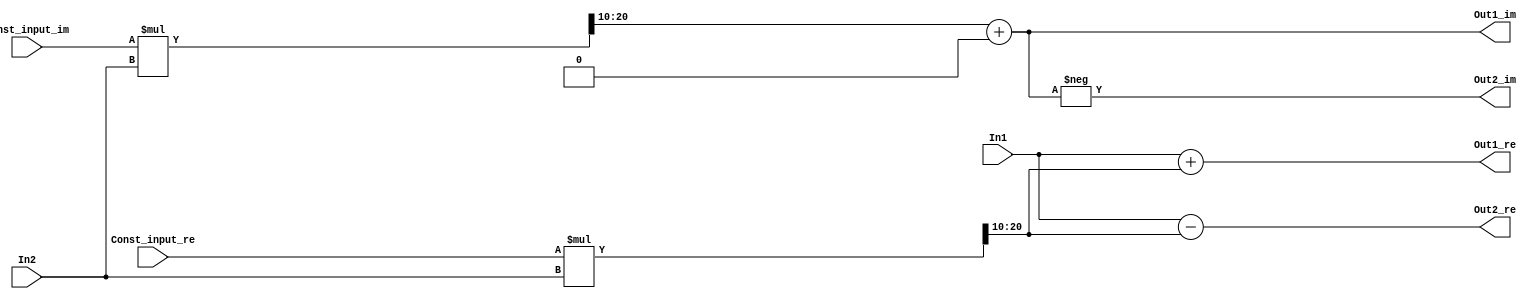
// -------------------------------------------------------------
// 
// 
// Generated by MATLAB 9.4 and HDL Coder 3.12
// 
// -------------------------------------------------------------


// -------------------------------------------------------------
// 
// Module: FourthStageB_58
// Source Path: FFTscheme2/FFTv2/Butterflies/128 input 4 step  /FourthStageB 58
// Hierarchy Level: 3
// 
// -------------------------------------------------------------

`timescale 1 ns / 1 ns

module FourthStageB_58
          (In1,
           In2,
           Const_input_re,
           Const_input_im,
           Out1_re,
           Out1_im,
           Out2_re,
           Out2_im);


  input   signed [10:0] In1;  // sfix11_En3
  input   signed [10:0] In2;  // sfix11_En3
  input   signed [11:0] Const_input_re;  // sfix12_En10
  input   signed [11:0] Const_input_im;  // sfix12_En10
  output  signed [10:0] Out1_re;  // sfix11_En3
  output  signed [10:0] Out1_im;  // sfix11_En3
  output  signed [10:0] Out2_re;  // sfix11_En3
  output  signed [10:0] Out2_im;  // sfix11_En3


  wire signed [22:0] Product_mul_temp;  // sfix23_En13
  wire signed [22:0] Product_mul_temp_1;  // sfix23_En13
  wire signed [10:0] Product_add_cast;  // sfix11_En3
  wire signed [10:0] Product_out1_re;  // sfix11_En3
  wire signed [10:0] Product_out1_im;  // sfix11_En3
  wire signed [10:0] Sum_out1_re;  // sfix11_En3
  wire signed [10:0] Sum_out1_im;  // sfix11_En3
  wire signed [10:0] Sum1_out1_re;  // sfix11_En3
  wire signed [10:0] Sum1_out1_im;  // sfix11_En3


  assign Product_mul_temp = Const_input_re * In2;
  assign Product_out1_re = Product_mul_temp[20:10];
  assign Product_mul_temp_1 = Const_input_im * In2;
  assign Product_add_cast = Product_mul_temp_1[20:10];
  assign Product_out1_im = Product_add_cast + 11'sb00000000000;



  assign Sum_out1_re = In1 + Product_out1_re;
  assign Sum_out1_im = Product_out1_im;



  assign Out1_re = Sum_out1_re;

  assign Out1_im = Sum_out1_im;

  assign Sum1_out1_re = In1 - Product_out1_re;
  assign Sum1_out1_im =  - (Product_out1_im);



  assign Out2_re = Sum1_out1_re;

  assign Out2_im = Sum1_out1_im;

endmodule  // FourthStageB_58